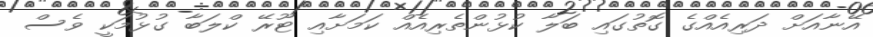
އޭނާއަށް ދަރިއެއްގެ ގޮތުގައި ބަލާ ކުޅުންތެރިއެއް ކަމަށާއި ޓޫރޭ ކްލަބާ ގުޅުމަކީ ވެސް